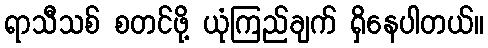
ရာသီသစ် စတင်ဖို့ ယုံကြည်ချက် ရှိနေပါတယ်။